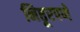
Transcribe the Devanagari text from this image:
निष्ठूरपणे